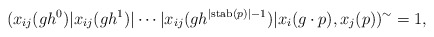
\begin{align*} (x_{ij}(gh^0)\vert x_{ij}(gh^1)\vert \cdots\vert x_{ij}(gh^{\vert \mathrm{stab}(p)\vert-1} )\vert x_i(g\cdot p),x_j(p))^\sim=1,\\\end{align*}